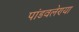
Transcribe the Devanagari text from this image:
पांडवलेण्या